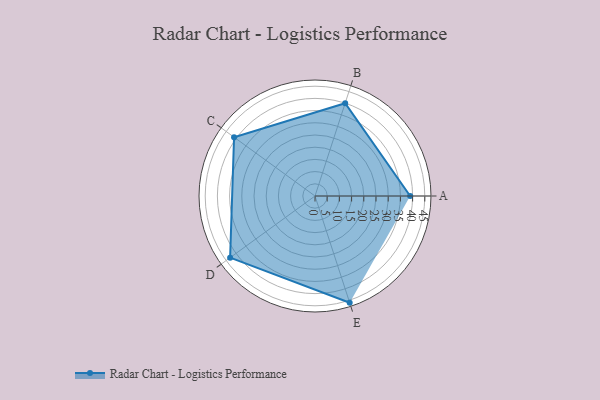
{"axis": {"x": "Skill", "y": "Score"}, "legend": ["Profile"], "data": [{"x": "A", "y": 39.0, "type": "Profile"}, {"x": "B", "y": 40.0, "type": "Profile"}, {"x": "C", "y": 41.0, "type": "Profile"}, {"x": "D", "y": 43.0, "type": "Profile"}, {"x": "E", "y": 46.0, "type": "Profile"}]}